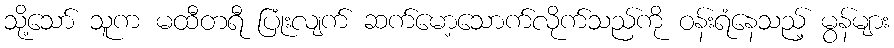
သို့သော် သူက မထီတရီ ပြုံးလျက် ဆက်မော့သောက်လိုက်သည်ကို ဝန်းရံနေသည့် မွန်များ